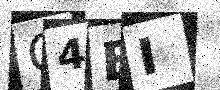
Text: Q4BI